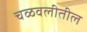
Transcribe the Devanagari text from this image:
चळवलीतील